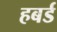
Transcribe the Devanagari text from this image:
हबर्ड